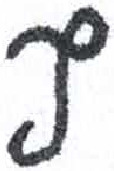
אות: ף